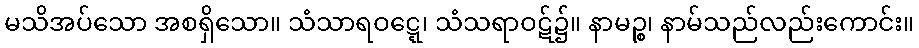
မသိအပ်သော အစရှိသော။ သံသာရဝဋ္ဋေ၊ သံသရာဝဋ်၌။ နာမဉ္စ၊ နာမ်သည်လည်းကောင်း။